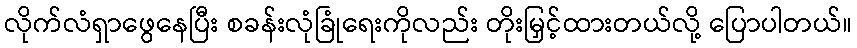
လိုက်လံရှာဖွေနေပြီး စခန်းလုံခြုံရေးကိုလည်း တိုးမြှင့်ထားတယ်လို့ ပြောပါတယ်။